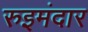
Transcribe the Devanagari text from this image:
रुइमंदार